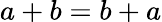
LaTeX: a+b=b+a